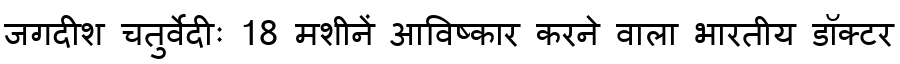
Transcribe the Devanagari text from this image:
जगदीश चतुर्वेदीः 18 मशीनें आविष्कार करने वाला भारतीय डॉक्टर